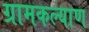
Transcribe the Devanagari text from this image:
ग्रामकल्याण